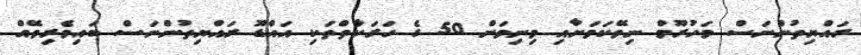
ރައްޔިތުންނަސް މަހުރޫމް ނިވޭކަމަށާއި މިނިވަން 50 ގެ ހަރަކާތްތަކި އައްޑޫ ރައްޔިތުންނަސް ބައިވެރިވޭއް